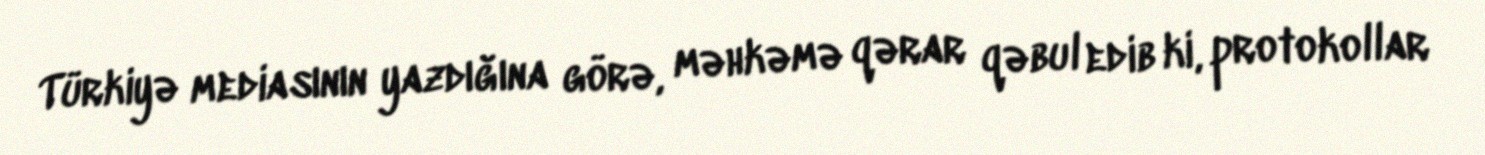
Türkiyə mediasının yazdığına görə, məhkəmə qərar qəbul edib ki, protokollar